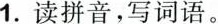
1.读拼音,写词语。